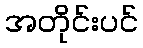
အတိုင်းပင်